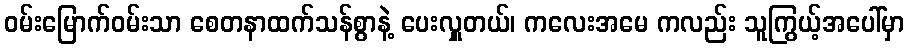
ဝမ်းမြောက်ဝမ်းသာ စေတနာထက်သန်စွာနဲ့ ပေးလှူတယ်၊ ကလေးအမေ ကလည်း သူကြွယ့်အပေါ်မှာ